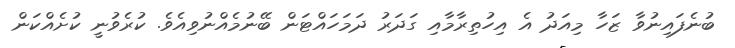
ބުނެފައިނުވާ ޒަހާ މިއަދު އެ އިހުތިރާމާއި ގަދަރު ދަމަހައްޓަން ބޭނުމެއްނުވިއެވެ. ކުރެވުނީ ކުށެއްކަން